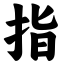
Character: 指